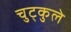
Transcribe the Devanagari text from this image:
चुट्कुले